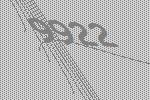
9922